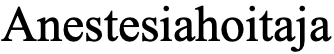
Anestesiahoitaja